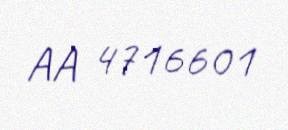
AA 4716601